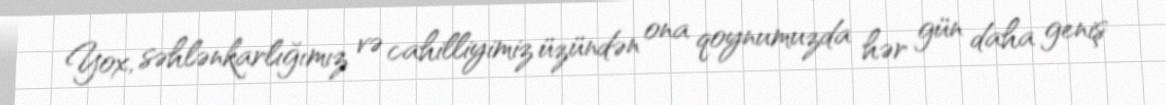
Yox, səhlənkarlığımız və cahilliyimiz üzündən ona qoynumuzda hər gün daha geniş